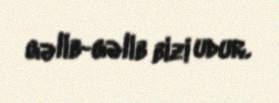
gəlib-gəlib bizi udur.